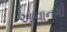
આવાનગી